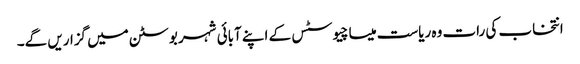
انتخاب کی رات وہ ریاست میساچیوسٹس کے اپنے آبائی شہر بوسٹن میں گزاریں گے۔